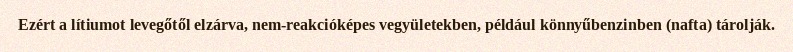
Ezért a lítiumot levegőtől elzárva, nem-reakcióképes vegyületekben, például könnyűbenzinben (nafta) tárolják.